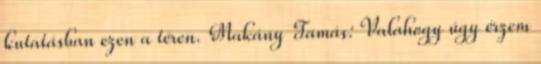
kutatásban ezen a téren. Makány Tamás: Valahogy úgy érzem